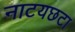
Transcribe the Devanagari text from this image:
नाटयछटा